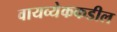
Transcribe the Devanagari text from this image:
वायव्येककडील